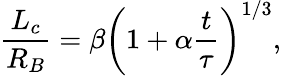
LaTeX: \frac{L_{c}}{R_{B}}=\beta\left(1+\alpha\frac{t}{\tau}\right)^{1/3},